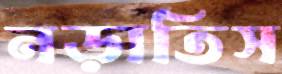
নড়াতিস